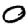
Digit: 0